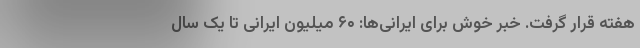
هفته قرار گرفت. خبر خوش برای ایرانی‌ها: ۶۰ میلیون ایرانی تا یک سال